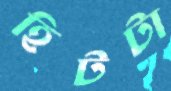
হিটটা